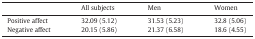
|  | All subjects | Men | Women |
 | --- | --- | --- | --- |
 | Positive affect | 32.09 (5.12) | 31.53 (5.23) | 32.8 (5.06) |
 | Negative affect | 20.15 (5.86) | 21.37 (6.58) | 18.6 (4.55) |